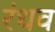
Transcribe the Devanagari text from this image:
रंधव